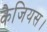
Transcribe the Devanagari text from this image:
कैजियस।